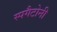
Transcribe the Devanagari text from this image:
स्पगैटोनी